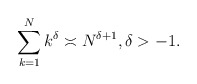
\begin{align*}\sum_{k=1}^N k^\delta\asymp N^{\delta+1},\delta>-1.\end{align*}